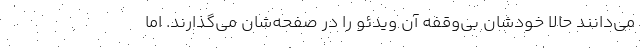
می‌دانند حالا خودشان بی‌وقفه آن ویدئو را در صفحه‌شان می‌گذارند. اما